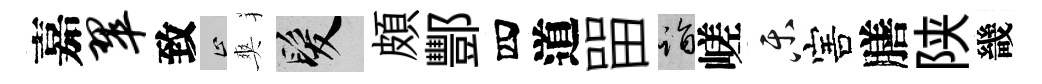
嘉翠致止爽髮頗酆四道㽞诣嵯乐害膳陕畿